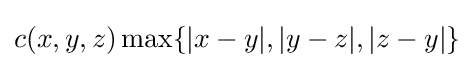
c(x,y,z)\max\{|x-y|,|y-z|,|z-y|\}